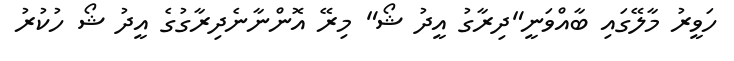
ހަވީރު މާލޭގައި ބާއްވަނީ"ދިރާގު އީދު ޝޯ" މިރޭ އޮންނާނެދިރާގުގެ އީދު ޝޯ ހުކުރު